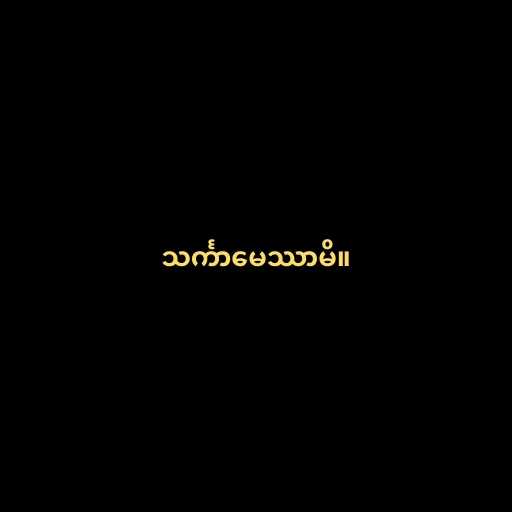
သင်္ကာမေဿာမိ။